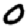
Digit: 0